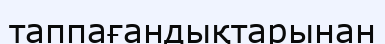
таппағандықтарынан